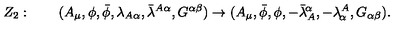
Z _ { 2 } : \qquad ( A _ { \mu } , \phi , \bar { \phi } , \lambda _ { A \alpha } , \bar { \lambda } ^ { A \alpha } , G ^ { \alpha \beta } ) \rightarrow ( A _ { \mu } , \bar { \phi } , \phi , - \bar { \lambda } _ { A } ^ { \! \alpha } , - \lambda _ { \! \alpha } ^ { A } , G _ { \alpha \beta } ) .